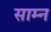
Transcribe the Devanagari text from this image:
साम्न